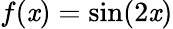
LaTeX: f(\mathit{x})=\sin(2\mathit{x})